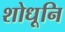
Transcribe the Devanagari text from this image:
शोधूनि